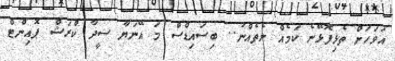
އަވަހަށް ތެޅިފޮޅޭނެ ކަމެއް ނެތެއްނު.. ބިސައިޑްސް މަ އޭނަޔާ ސީދާ ކްރަޝް ޕޮއިންޓް